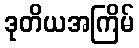
ဒုတိယအကြိမ်